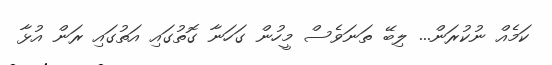
ކަމެއް ނުކުރަން... ލިބޭ ތަނަވެސް މީހުން ގަހަނާ ގޮތުގައި އަތުގައި ރަން އުޅާ